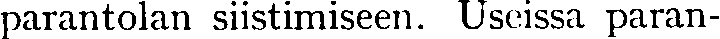
parantolan siistimiseen. Useissa paran-